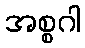
အစ္စဂါ